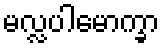
မလ္လပါမောက္ခာ